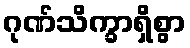
ဂုဏ်သိက္ခာရှိစွာ